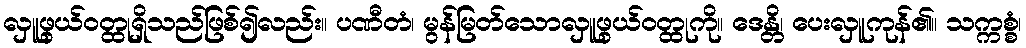
လှူဖွယ်ဝတ္ထုရှိသည်ဖြစ်၍လည်း။ ပဏီတံ၊ မွန်မြတ်သောလှူဖွယ်ဝတ္ထုကို။ ဒေန္တိ၊ ပေးလှူကုန်၏။ သက္ကစ္စံ၊